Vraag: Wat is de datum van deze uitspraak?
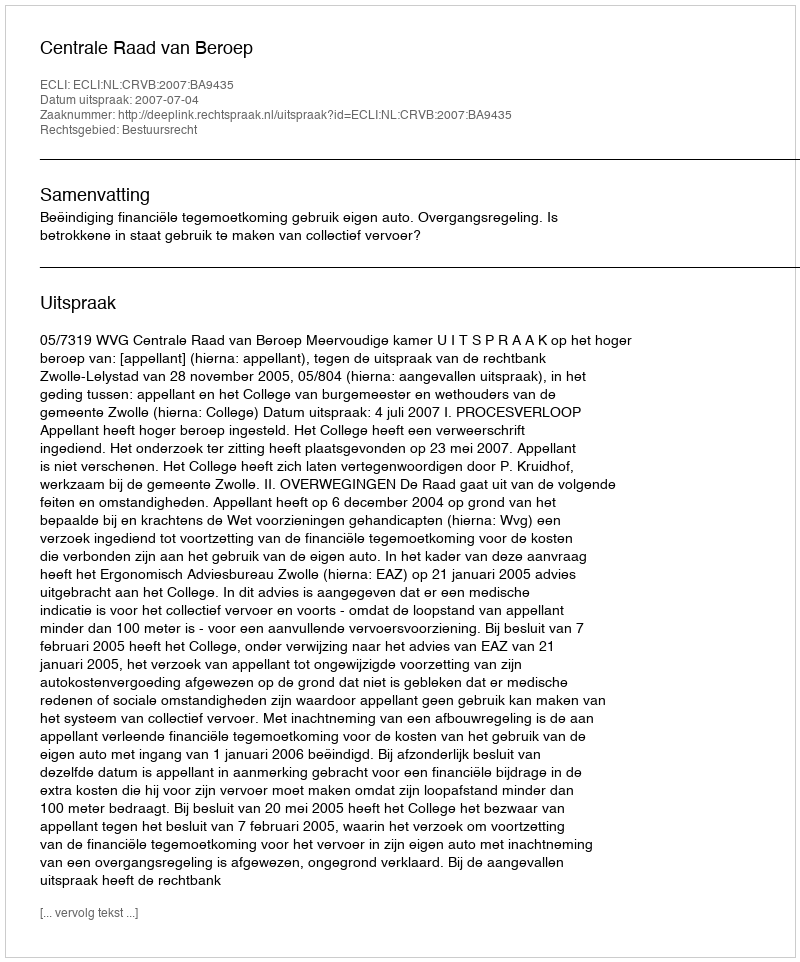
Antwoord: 2007-07-04